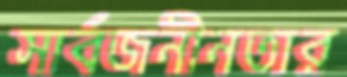
সার্বজনীনতার